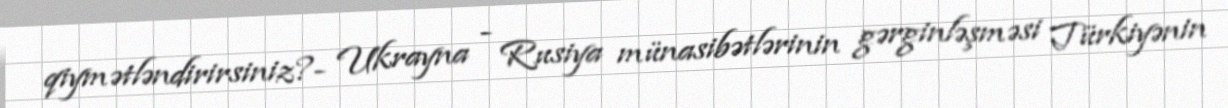
qiymətləndirirsiniz?- Ukrayna - Rusiya münasibətlərinin gərginləşməsi Türkiyənin